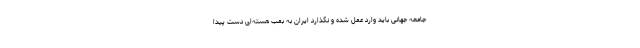
جامعه جهانی باید وارد عمل شده و نگذارد ایران به بمب هسته‌ای دست پیدا